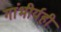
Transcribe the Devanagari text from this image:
गांभीर्यही